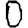
Digit: 0